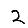
Digit: 2